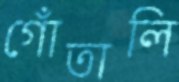
গোঁতালি